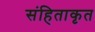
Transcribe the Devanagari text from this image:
संहिताकृत